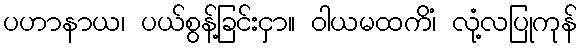
ပဟာနာယ၊ ပယ်စွန့်ခြင်းငှာ။ ဝါယမထကိံ၊ လုံ့လပြုကုန်